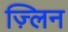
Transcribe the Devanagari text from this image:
ज़्लिन